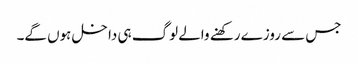
جس سے روزے رکھنے والے لوگ ہی داخل ہوں گے۔